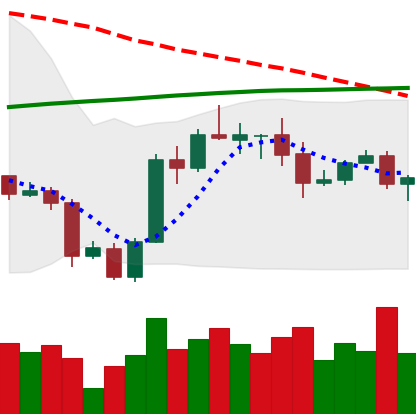
Ticker: ADA-USD
Chart end date: 2020-10-07
Forward return: 17.307%
Label: up_7plus